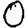
Digit: 0